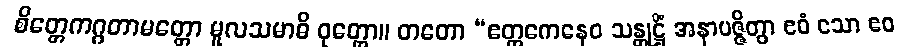
စိတ္တေကဂ္ဂတာမတ္တော မူလသမာဓိ ဝုတ္တော။ တတော “ဧတ္တကေနေဝ သန္တုဋ္ဌိံ အနာပဇ္ဇိတွာ ဧဝံ သော ဧဝ